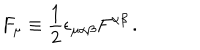
F _ { \mu } \equiv { \frac { 1 } { 2 } } \epsilon _ { \mu \alpha \beta } F ^ { \alpha \beta } \, .